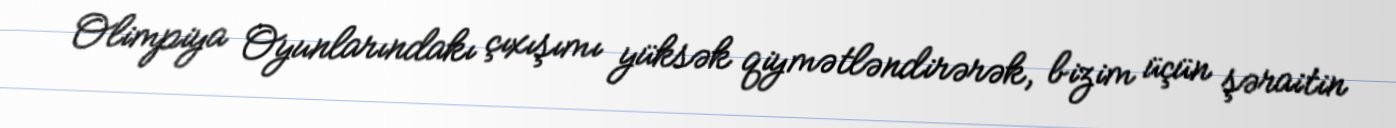
Olimpiya Oyunlarındakı çıxışımı yüksək qiymətləndirərək, bizim üçün şəraitin